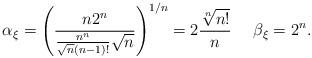
LaTeX: \begin{align*}\alpha_{\xi}=\left(\frac{n2^n}{\frac{n^n}{\sqrt{n}(n-1)!}\sqrt{n}}\right)^{1/n}=2\frac{\sqrt[n]{n!}}{n} \ \ \ \ \beta_\xi=2^n .\end{align*}